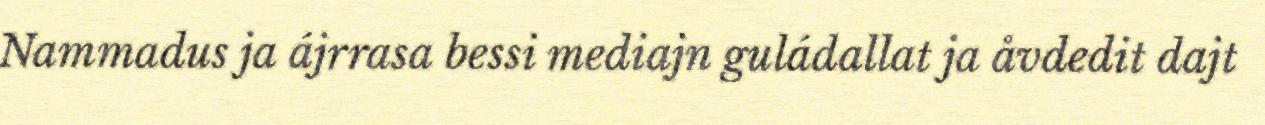
Nammadus ja ájrrasa bessi mediajn guládallat ja åvdedit dajt